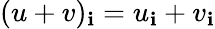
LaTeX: (u+v)_{\mathbf{i}}=u_{\mathbf{i}}+v_{\mathbf{i}}